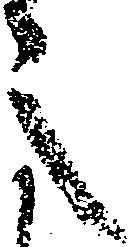
之